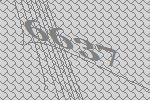
6637